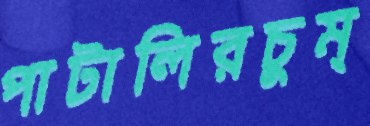
পাটালিরচুম্